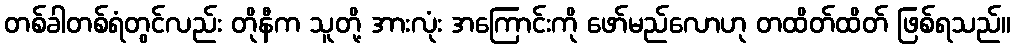
တစ်ခါတစ်ရံတွင်လည်း တိုနီက သူတို့ အားလုံး အကြောင်းကို ဖော်မည်လောဟု တထိတ်ထိတ် ဖြစ်ရသည်။